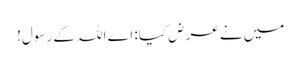
میں نے عرض کیا: اے اللہ کے رسول!